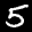
Label: 5